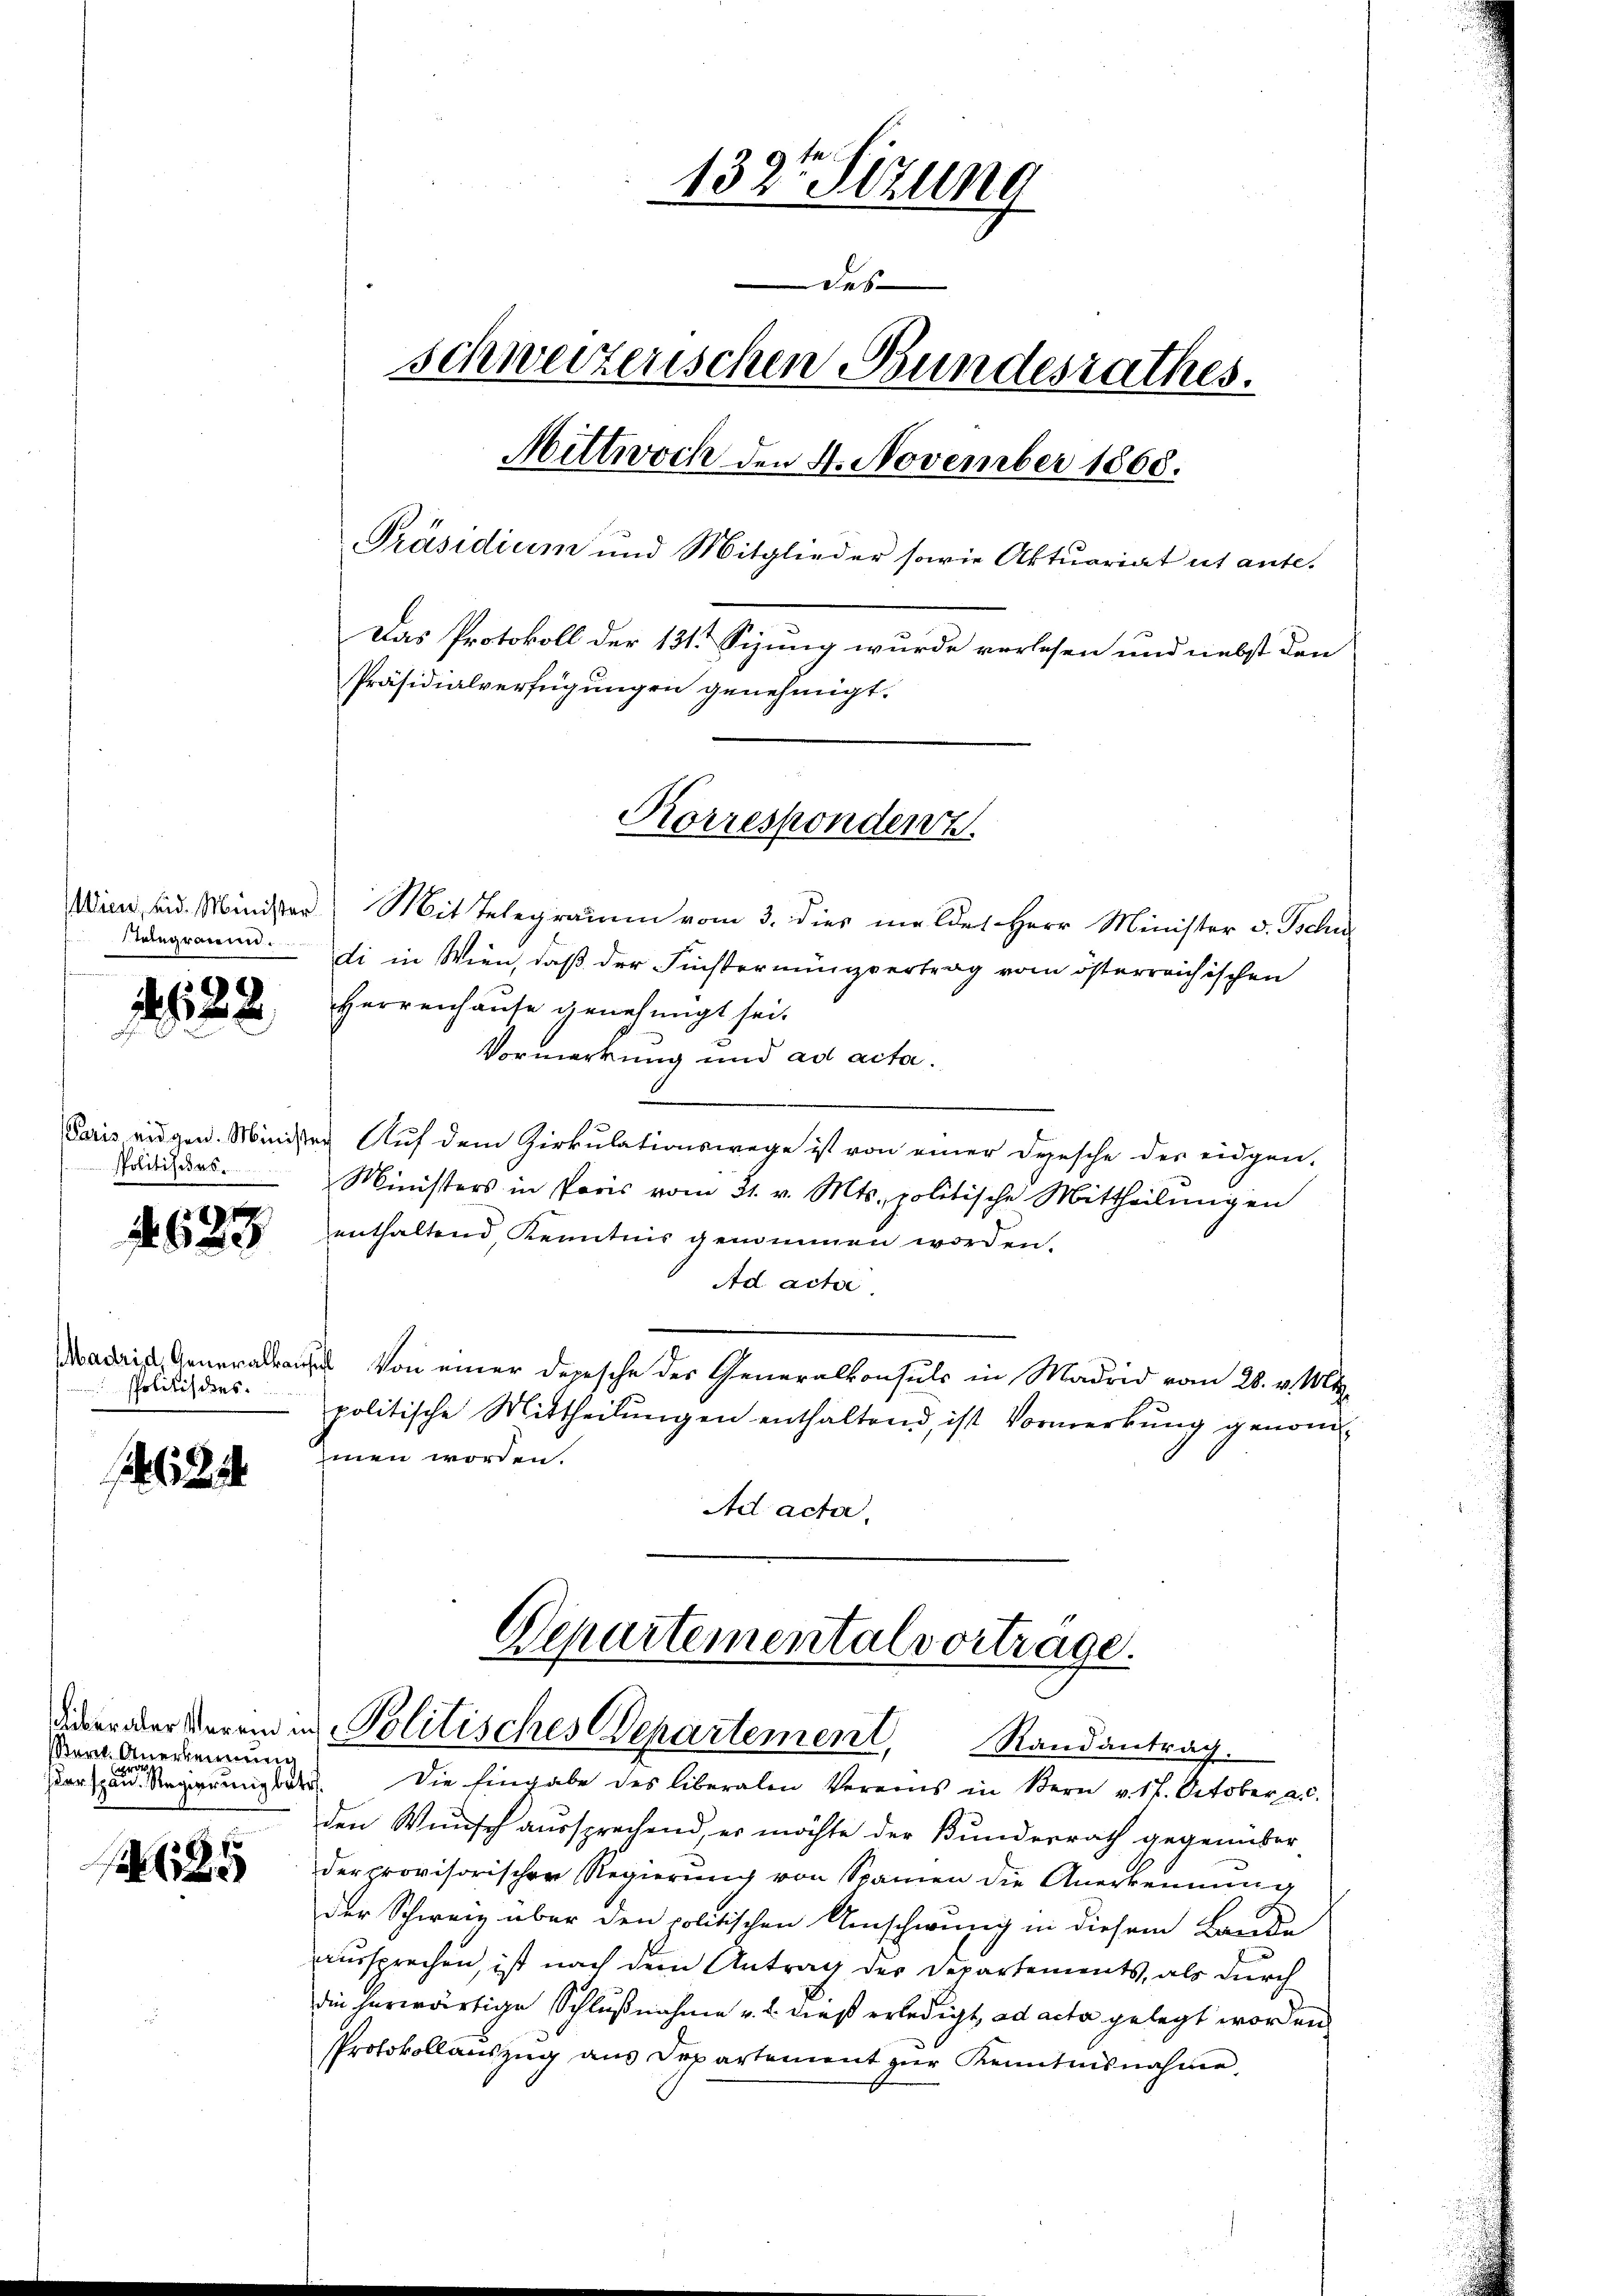
Stelegramm.

122

Politisches.

623

Madrid, Generalkansich
spolitich dies

eat. Anerkennung

685

132te Sitzung
Fes
schweizerischen Bundesrathes.
Nittwoch den 4. November 1868.
Präsidium und Mitglieder sowie Aktuariat ut ante.
Das Protokoll der 131. Siung wurde verlesen und nebst den
Präsidialverfügungen genehmigt.

Korrespondenz.

Wien eid. Minister Mit Telegramm vom 3. dies meldes Herr Minister v. Tschu
di in Wien, daß der Finsternungvertrag vom österreichischen
Herrenhause genehmigt sei.
Vormerkung und ad acta.
Paris eidgen. Minister Auf dem Zirkulationswege ist von einer Dresche des eidgen.
Ministers in Paris vom 21. v. Mts., politische Mittheilungen
enthaltend, Kenntnis genommen worden.
Ad acta.
Von einer Depesche des Generalkonsuls in Madrid vom 28. v. M.
politische Mittheilŭngen enthaltend, ist Vormerkŭng genom-
men worden.
Ad acta.

Departemental vortrage.
dieser über derend in Politisches Departement, Randantrag.

derspar Regierung betr. Die Eingabe des liberalen Vereins in Bern v. 17. October a. c.
den Wunsch aussprechend, er möchte der Bundesrath gegenüber-
der provisorischer Regierung von Spanien die Anerkennung
der Schweiz über den politischen Umschwung in diesem Bande
aussprechen, ist nach dem Antrag des Departements, als durch
die herwärtige Schlußnahme u. 2. dieß erledigt, ad acta gelegt worden
Protokollaŭszŭg aŭs Departement zŭr Kenntnisnahme.